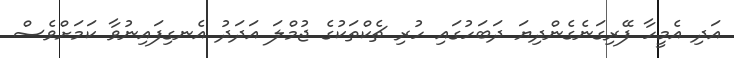
އަދި އެމީހާ ފޭރިގަނެގެންދިޔަ ދަބަހުގައި ހުރި ޗެކްތަކުގެ ޖުމްލަ އަދަދު އެނގިފައިނުވާ ކަމަށްވެސް